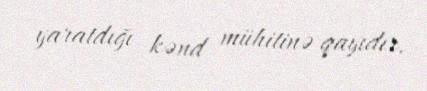
yaratdığı kənd mühitinə qayıdır.